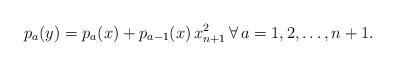
LaTeX: \begin{align*} p_{a}(y) = p_a(x)+p_{a-1}(x)\,x_{n+1}^2\,\forall\,a=1,2,\ldots,n+1.\end{align*}